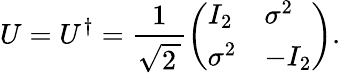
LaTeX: U=U^{\dagger}={\frac{1}{\sqrt{2\, }}}{\left(\begin{array}{ll}{I_{2}}&{\sigma^{2}}\\ {\sigma^{2}}&{-I_{2}}\end{array}\right)}.